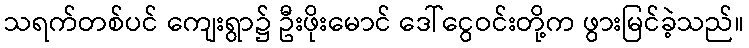
သရက်တစ်ပင် ကျေးရွာ၌ ဦးဖိုးမောင် ဒေါ်ငွေဝင်းတို့က ဖွားမြင်ခဲ့သည်။